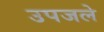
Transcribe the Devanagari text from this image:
उपजले